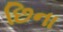
છિના